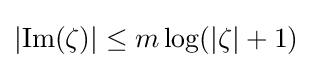
|\mathrm {Im} (\zeta )|\leq m\log(|\zeta |+1)